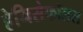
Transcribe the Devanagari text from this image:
हेमिसेफॉलस